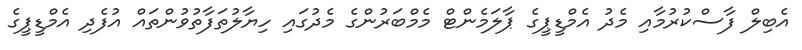
އެބިލް ފާސްކުރުމާއި މެދު އެމްޑީޕީގެ ޕާލަމެންޓް މެމްބަރުންގެ މެދުގައި ހިޔާލުތަފާތުވުންތައް އުފެދި އެމްޑީޕީގެ